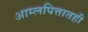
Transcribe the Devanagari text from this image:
आम्लपित्तातही